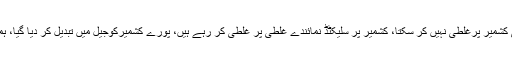
ان کا کہنا تھا کہ ذوالفقار علی بھٹو شہید نے کہا تھا نیند میں بھی کشمیر پرغلطی نہیں کر سکتا، کشمیر پر سلیکٹڈ نمائندے غلطی پر غلطی کر رہے ہیں، پورے کشمیرکوجیل میں تبدیل کر دیا گیا، ہماری حکومت ہوتی تو وزیراعظم پورے ملک کا وزیراعظم ہوتا۔